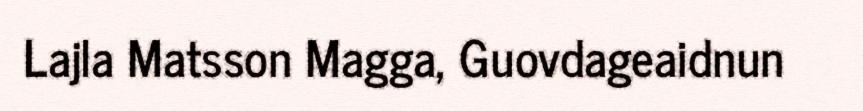
Lajla Matsson Magga, Guovdageaidnun